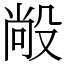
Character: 㲂